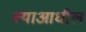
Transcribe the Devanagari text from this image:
त्याआधील